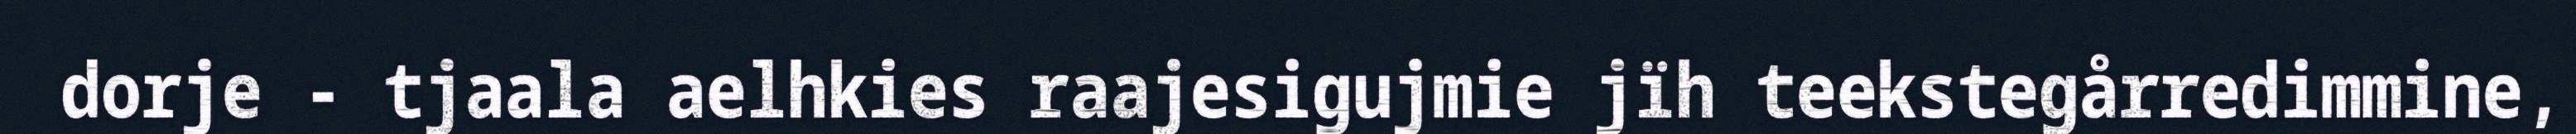
dorje - tjaala aelhkies raajesigujmie jïh teekstegårredimmine,